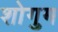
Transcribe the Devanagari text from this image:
शोगुम